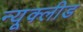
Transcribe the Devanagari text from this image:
न्यूक्लीड